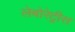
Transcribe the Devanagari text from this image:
लेबोरेट्रीस